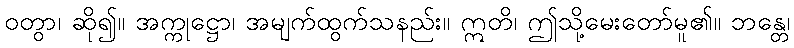
ဝတွာ၊ ဆို၍။ အက္ကုဋ္ဌော၊ အမျက်ထွက်သနည်း။ ဣတိ၊ ဤသို့မေးတော်မူ၏။ ဘန္တေ၊